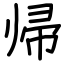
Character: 帰